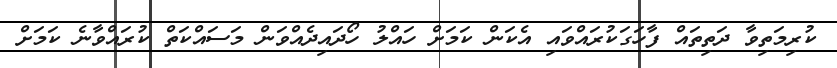
ކުރިމަތިވާ ދަތިތައް ފާހަގަކުރައްވައި އެކަން ކަމަށް ހައްލު ހޯދައިދެއްވަން މަސައްކަތް ކުރައްވާނެ ކަމަށް